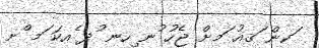
ަކން ަޤއު ަމށް ޖެހު ުނ ިހނ ުދ ެއކަ ަމ ްށ